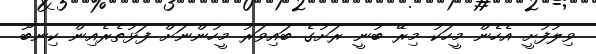
ވިލުފުށީ އެހެން މީހަކު މިރޭ ބުނީ ރަށުގެ ބައިވަރު މީހުންނަށް ފަޅުތެރެއިން ކިނބޫ